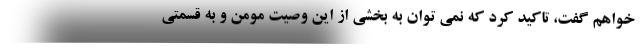
خواهم گفت، تاکید کرد که نمی توان به بخشی از این وصیت مومن و به قسمتی